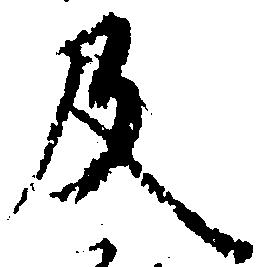
及